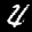
Label: 4